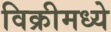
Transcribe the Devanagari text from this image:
विक्रीमध्ये